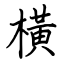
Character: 橫